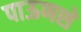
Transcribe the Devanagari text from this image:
पाऊणशे